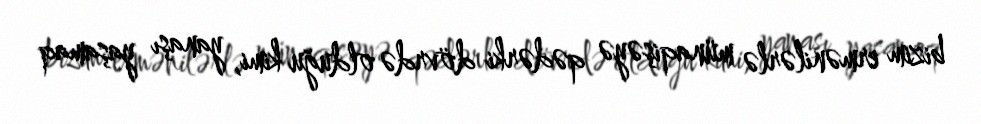
bizim ermənilərlə münaqişəyə qədərki dövrdə olduğu kimi, yanaşı yaşamaq